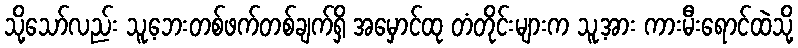
သို့သော်လည်း သူ့ဘေးတစ်ဖက်တစ်ချက်ရှိ အမှောင်ထု တံတိုင်းများက သူ့အား ကားမီးရောင်ထဲသို့